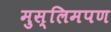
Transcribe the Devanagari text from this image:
मुस्लिमपण